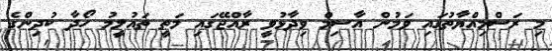
މި ރަސްމިއްޔާތުގައި ވަމުން އާސިމް ވިދާޅުވީ ރާއްޖޭގައި މަތީ ތައުލީމު ހޯދާ ކުދިންގެ